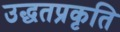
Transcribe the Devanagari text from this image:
उद्धतप्रकृति